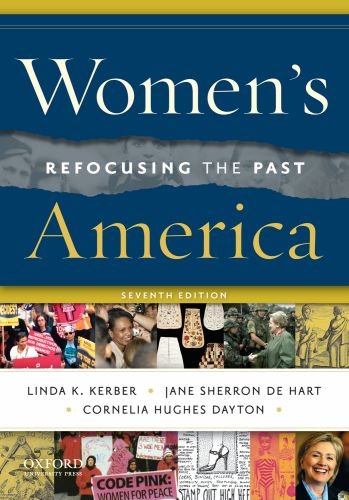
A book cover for Women's America: Refocusing the Past; Linda K. Kerber; Politics & Social Sciences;